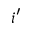
i ^ { \prime }